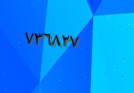
٧٣٦٨٢٧